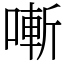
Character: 𠼗